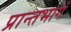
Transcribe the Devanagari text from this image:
प्रान्तभागं